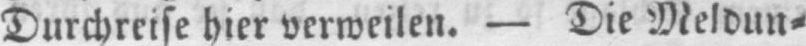
Durchreise hier verweilen. - Die Meldun⸗